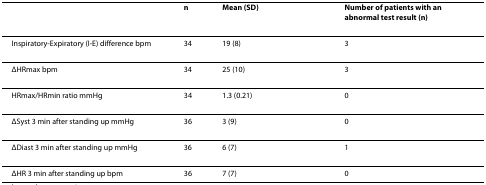
<table><thead><tr><td></td><td><b>n</b></td><td><b>Mean (SD)</b></td><td><b>Number of patients with an abnormal test result (n)</b></td></tr></thead><tbody><tr><td>Inspiratory-Expiratory (I-E) difference bpm</td><td>34</td><td>19 (8)</td><td>3</td></tr><tr><td>ΔHRmax bpm</td><td>34</td><td>25 (10)</td><td>3</td></tr><tr><td>HRmax/HRmin ratio mmHg</td><td>34</td><td>1.3 (0.21)</td><td>0</td></tr><tr><td>ΔSyst 3 min after standing up mmHg</td><td>36</td><td>3 (9)</td><td>0</td></tr><tr><td>ΔDiast 3 min after standing up mmHg</td><td>36</td><td>6 (7)</td><td>1</td></tr><tr><td>ΔHR 3 min after standing up bpm</td><td>36</td><td>7 (7)</td><td>0</td></tr></tbody></table>